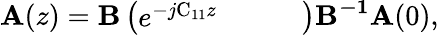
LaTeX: \boldsymbol{\mathrm{A}}(z)=\boldsymbol{\mathrm{B}}\left(\begin{array}{llll}{e^{-j\mathrm{C_{11}}z}}&{}&{}&{}\end{array}\right)\boldsymbol{\mathrm{B^{-1}}}\boldsymbol{\mathrm{A}}(0),